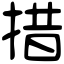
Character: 措